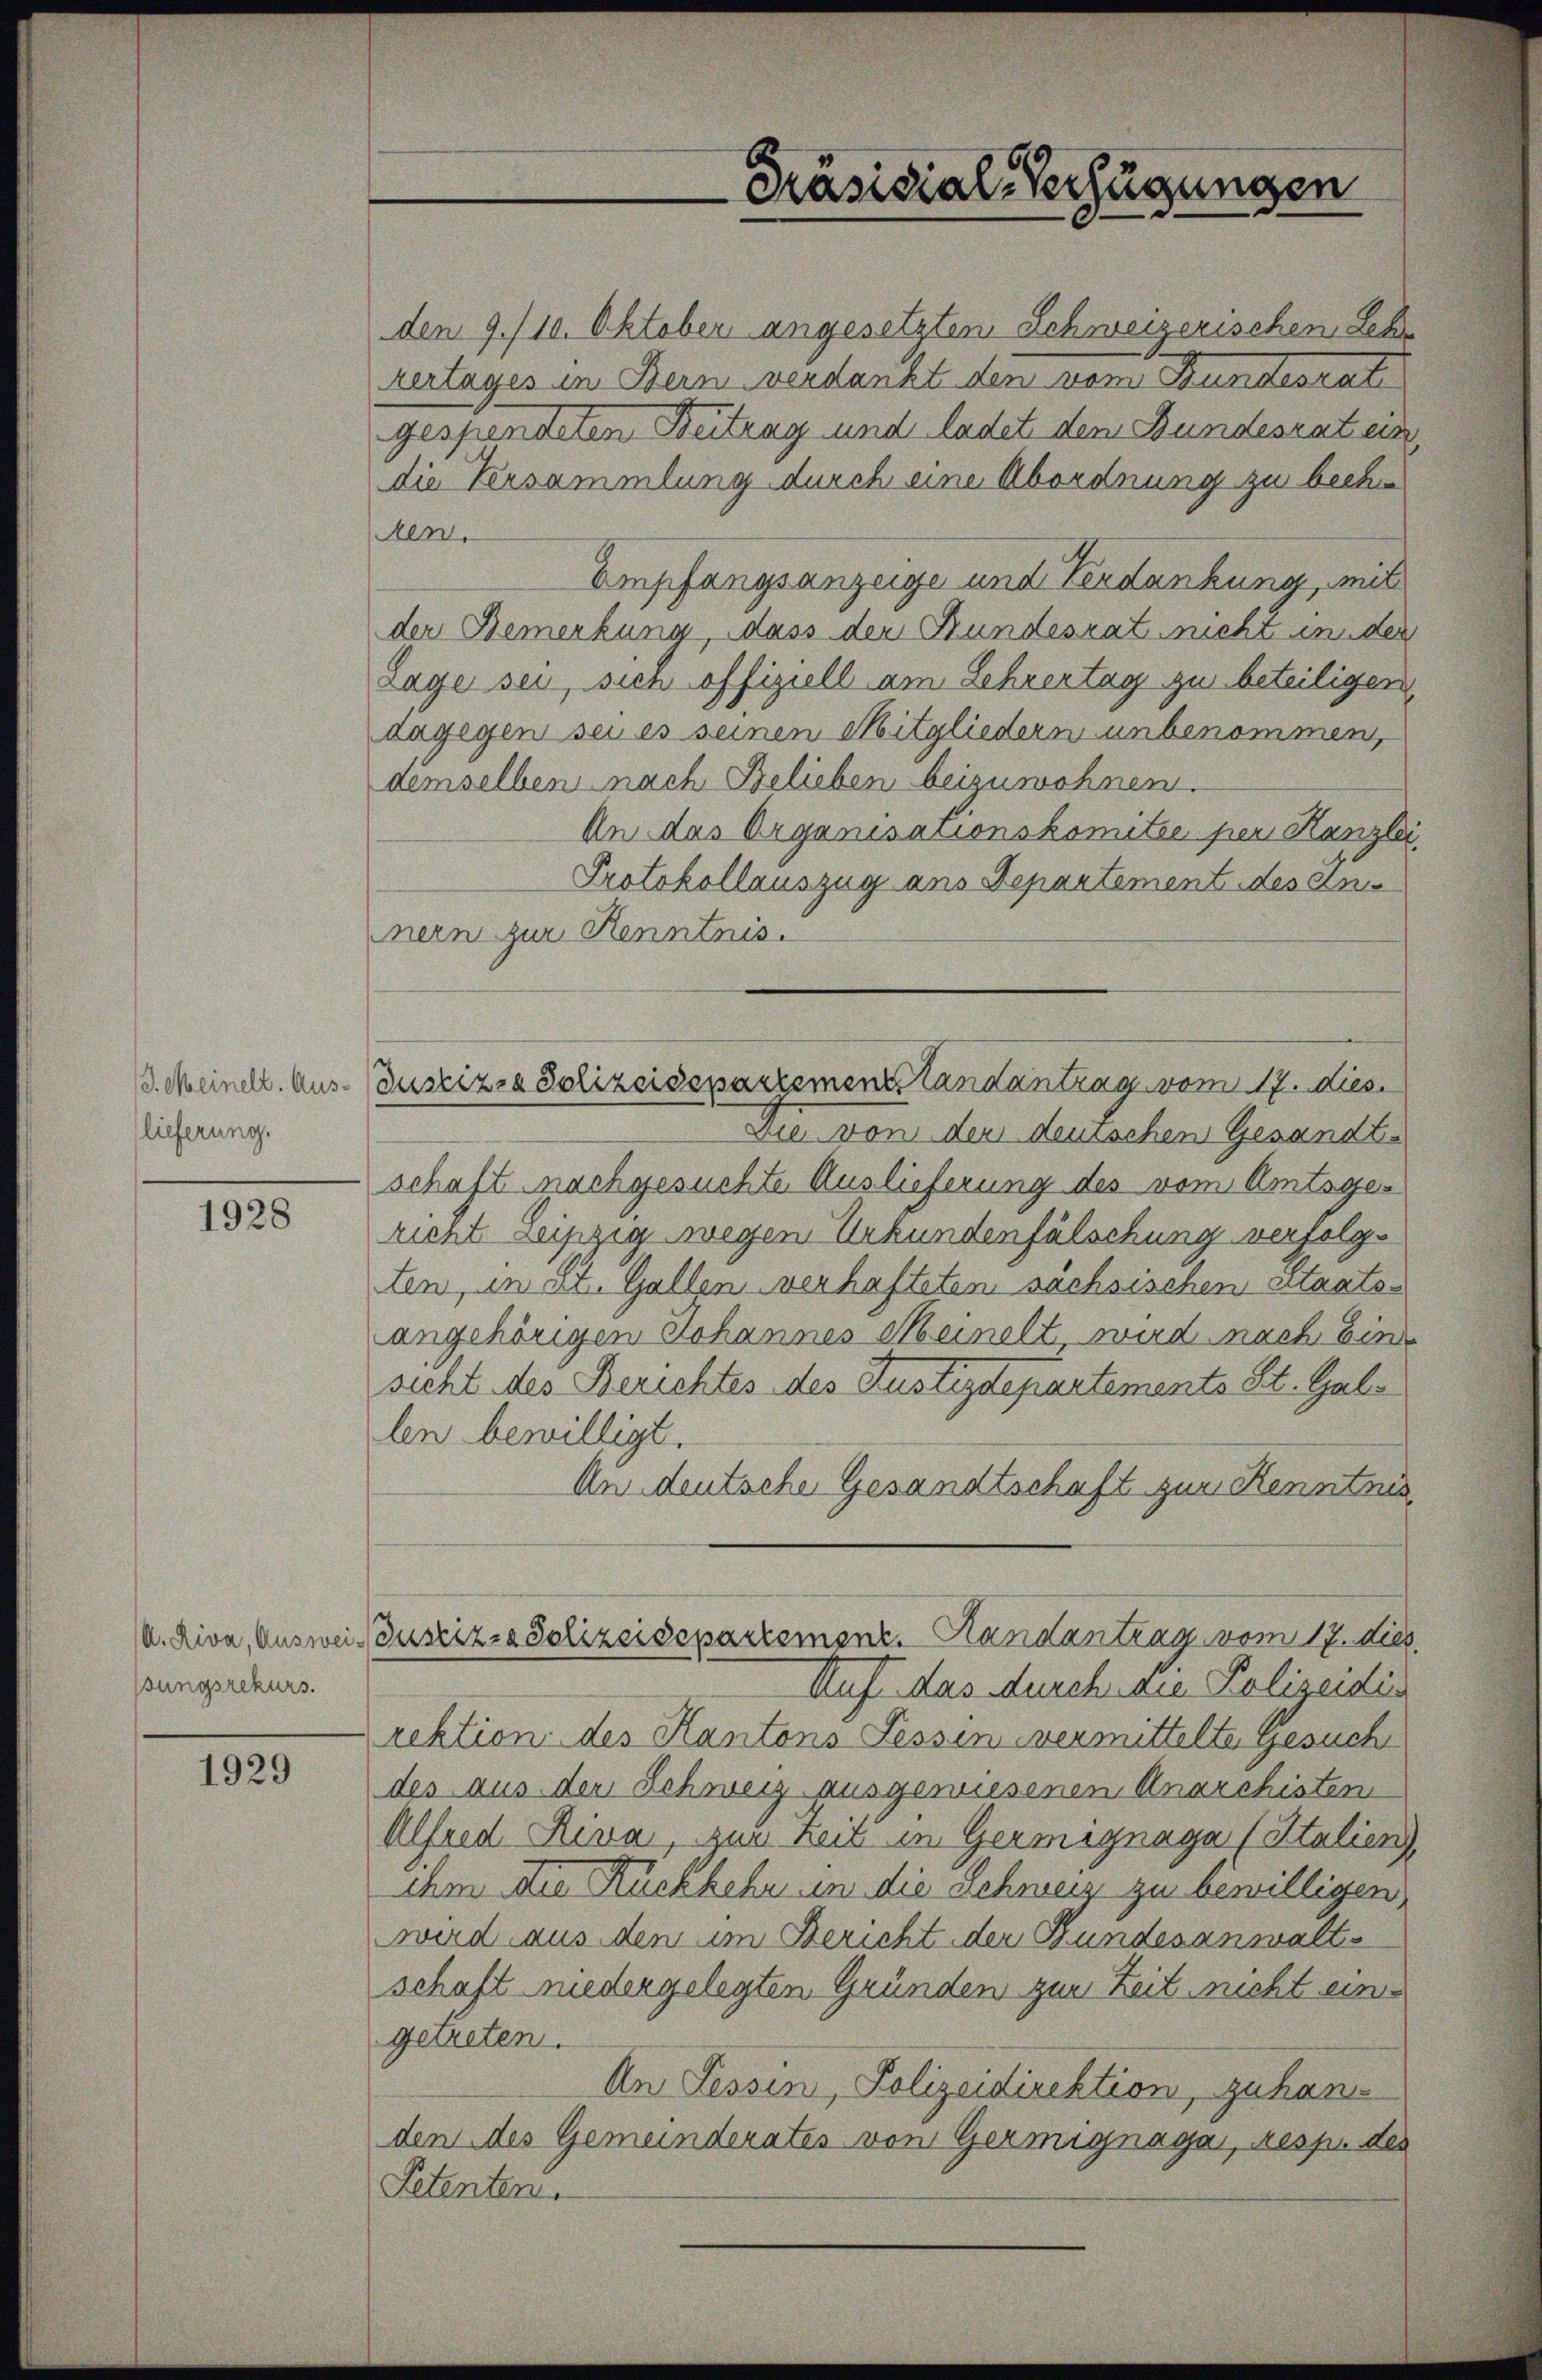
/J. Meinelt. Auslieferung.

1928

sungsrekurs.

1929

den 9./10. Oktober angesetzten Schweizerischen Lehr
vertages in Bern verdankt den vom Bundesrat
gespendeten Beitrag und ladet dem Bundesrat uns
die Versammlung durch eine Abordnung zu beche
ten.
Empfangsanzeige und Verdankung, mit
der Bemerkung, dass der Bundesrat nicht inder
Lage sei, sich offiziell am Lehrertag zu beteiligen
dagegen sei es seinen Mitgliedern unbenommen,
demselben nach Belieben beizuwohnen.
An das Organisationskomitée per Hanzlei,
Protokollauszug aus Departement des einnern zur Kenntnis.
Justiz- & Polizeidepartemenstandantrag vom 17. dies
Die von der deuischen Gesandtschaft nachgesuchte Auslieferung des vom Amtsgericet Leipzig wegen Urkundenfälschung verfolgten, in St. Gallen verhafteten sächsischen Staatsangehörigen Johannes Meinelt, wird nach Eine
sicht des Berichtes des Justizdepartements St. Gallen bewilligt.
An deutsche Gesandtschaft zur Kenntnis
. Riva, Ausweis Justiz- & Polizeisepartemont. Handantrag vom 17. dies
Auf das durch an Polizeidin
rektion des Kantons Fessen vermittelte Gesuch
des aus der Schweiz ausgewiesenen Anarchisten
Alfred Riva, zur Zeit in Germignaga (Italienz,
ihm die Rückkehr in die Schweiz zu bewilligen,
wird aus den im Bericht der Bundesanwaltschaft niedergelegten Gründen zur Zeit nicht eines
getreten.
An Tessin, Polizeidirektion, zuhans
den des Gemeinderates von Germignage, resp. des
Petenten.

Präsidial-Verfügungen